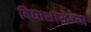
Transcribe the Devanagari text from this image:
विद्याशाखेच्या